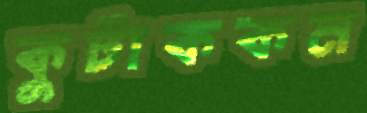
কুটাককম